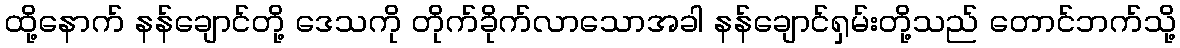
ထို့နောက် နန်ချောင်တို့ ဒေသကို တိုက်ခိုက်လာသောအခါ နန်ချောင်ရှမ်းတို့သည် တောင်ဘက်သို့